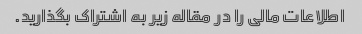
اطلاعات مالی را در مقاله زیر به اشتراک بگذارید.